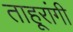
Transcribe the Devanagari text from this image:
ताहूरांगी